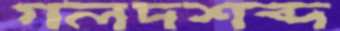
গলদশব্দ